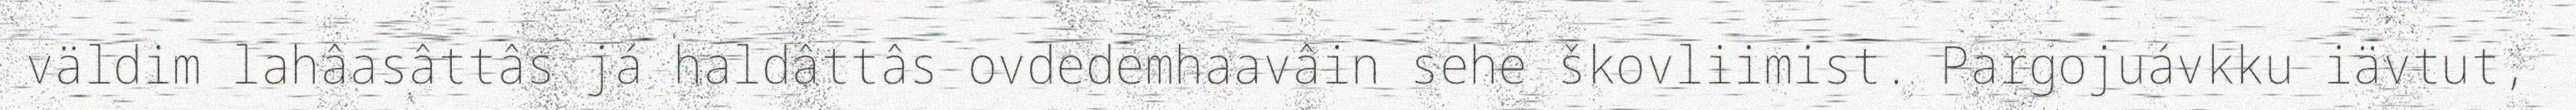
väldim lahâasâttâs já haldâttâs ovdedemhaavâin sehe škovliimist. Pargojuávkku iävtut,